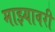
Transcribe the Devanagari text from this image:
माझ्यावरी